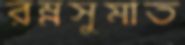
রম্নসুমাত